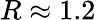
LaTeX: R\approx 1.2